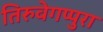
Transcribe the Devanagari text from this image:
तिरुवेगप्पुरा